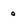
Character: o